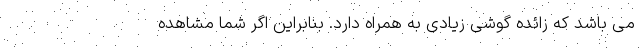
می باشد که زائده گوشی زیادی به همراه دارد. بنابراین اگر شما مشاهده